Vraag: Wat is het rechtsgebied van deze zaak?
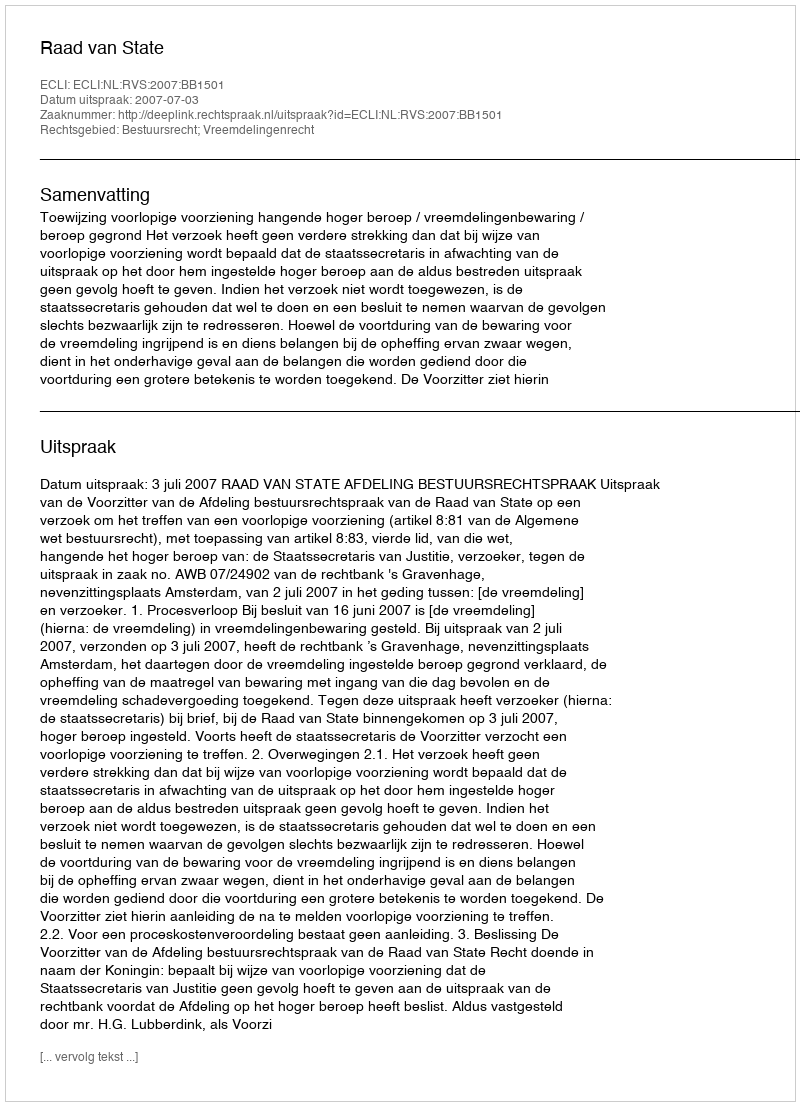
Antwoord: Bestuursrecht; Vreemdelingenrecht